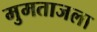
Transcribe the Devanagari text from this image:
मुमताजला